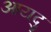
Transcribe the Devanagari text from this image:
आयदु